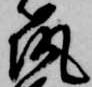
筑